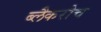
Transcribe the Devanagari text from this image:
ब्लैकरोच